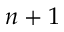
n + 1